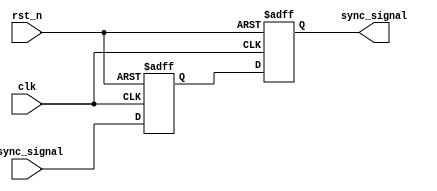
module dual_ff_synchronizer (
    input wire clk,          // Clock signal from the target clock domain
    input wire rst_n,        // Active low asynchronous reset
    input wire async_signal, // Asynchronous input signal to be synchronized
    output reg sync_signal   // Synchronized output signal
);

    // Internal signals for the two flip-flops
    reg ff1_out; // Output of the first flip-flop

    // First flip-flop (FF1)
    always @(posedge clk or negedge rst_n) begin
        if (!rst_n) begin
            ff1_out <= 1'b0; // Reset FF1 output to 0
        end else begin
            ff1_out <= async_signal; // Capture the asynchronous input signal
        end
    end

    // Second flip-flop (FF2)
    always @(posedge clk or negedge rst_n) begin
        if (!rst_n) begin
            sync_signal <= 1'b0; // Reset synchronized output to 0
        end else begin
            sync_signal <= ff1_out; // Capture the output of FF1
        end
    end

endmodule